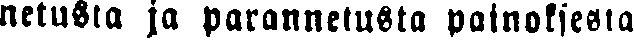
netusta ja parannetusta painoksesta